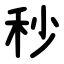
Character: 秒